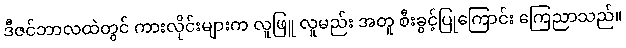
ဒီဇင်ဘာလထဲတွင် ကားလိုင်းများက လူဖြူ လူမည်း အတူ စီးခွင့်ပြုကြောင်း ကြေညာသည်။